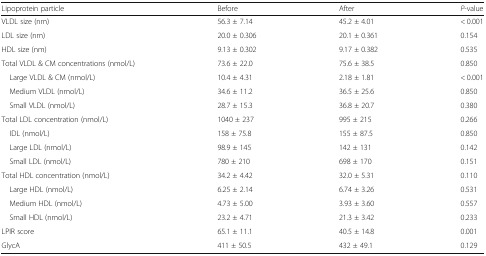
| Lipoprotein particle | Before | After | P-value |
 | --- | --- | --- | --- |
 | VLDL size (nm) | 56.3 ± 7.14 | 45.2 ± 4.01 | < 0.001 |
 | LDL size (nm) | 20.0 ± 0.306 | 20.1 ± 0.361 | 0.154 |
 | HDL size (nm) | 9.13 ± 0.302 | 9.17 ± 0.382 | 0.535 |
 | Total VLDL & CM concentrations (nmol/L) | 73.6 ± 22.0 | 75.6 ± 38.5 | 0.850 |
 | Large VLDL & CM (nmol/L) | 10.4 ± 4.31 | 2.18 ± 1.81 | < 0.001 |
 | Medium VLDL (nmol/L) | 34.6 ± 11.2 | 36.5 ± 25.6 | 0.850 |
 | Small VLDL (nmol/L) | 28.7 ± 15.3 | 36.8 ± 20.7 | 0.380 |
 | Total LDL concentration (nmol/L) | 1040 ± 237 | 995 ± 215 | 0.266 |
 | IDL (nmol/L) | 158 ± 75.8 | 155 ± 87.5 | 0.850 |
 | Large LDL (nmol/L) | 98.9 ± 145 | 142 ± 131 | 0.142 |
 | Small LDL (nmol/L) | 780 ± 210 | 698 ± 170 | 0.151 |
 | Total HDL concentration (nmol/L) | 34.2 ± 4.42 | 32.0 ± 5.31 | 0.110 |
 | Large HDL (nmol/L) | 6.25 ± 2.14 | 6.74 ± 3.26 | 0.531 |
 | Medium HDL (nmol/L) | 4.73 ± 5.00 | 3.93 ± 3.60 | 0.557 |
 | Small HDL (nmol/L) | 23.2 ± 4.71 | 21.3 ± 3.42 | 0.233 |
 | LPIR score | 65.1 ± 11.1 | 40.5 ± 14.8 | 0.001 |
 | GlycA | 411 ± 50.5 | 432 ± 49.1 | 0.129 |